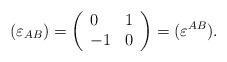
\begin{align*}(\varepsilon _{AB})=\left( \begin{array}{ll}0 & 1 \\ -1 & 0\end{array}\right) =(\varepsilon ^{AB}). \end{align*}